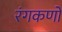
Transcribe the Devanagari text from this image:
रंगकणों